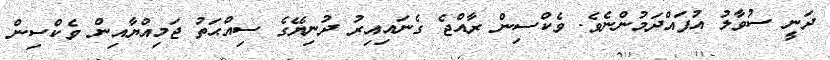
ދަނީ ސުވާލު އުފައްދަމުންނެވެ. ވެކްސިން ރާއްޖެ ގެނައިއިރު ދުނިޔޭގެ ސިއްޙަތު ޖަމިއްޔާއިން ވެކްސިން